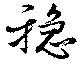
穏